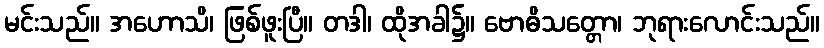
မင်းသည်။ အဟောသိ၊ ဖြစ်ဖူးပြီ။ တဒါ၊ ထိုအခါ၌။ ဗောဓိသတ္တော၊ ဘုရားလောင်းသည်။